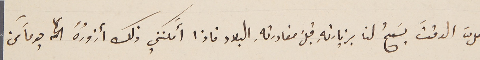
لعلَّ الوقتَ يَسمحُ لنا بزيارتهِ قبل مغادرتهِ البلاد فاذا أمكنني ذلك أزورُهُ يوماً من